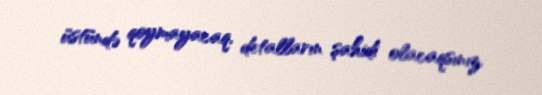
üstündə qoymayacaq, detalların şahidi olacaqsınız.